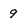
Character: 9